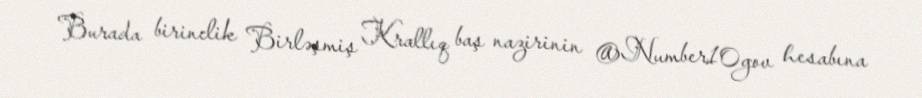
Burada birinclik Birləşmiş Krallıq baş nazirinin @Number10gov hesabına